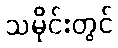
သမိုင်းတွင်